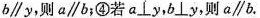
b∥y，则a∥b；④若a⊥y，o⊥y，则a∥b。